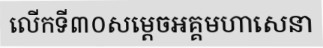
លើកទី៣០សម្តេចអគ្គមហាសេនា